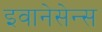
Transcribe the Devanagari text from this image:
इवानेसेन्स